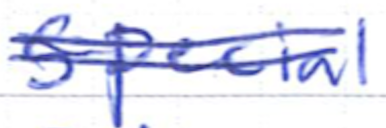
Text: Special
Cross-out: double-line
Writing tool: ballpoint